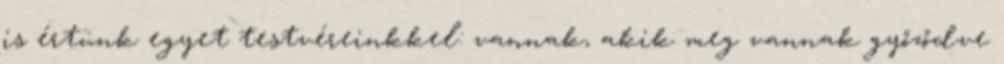
is értünk egyet testvéreinkkel: vannak, akik meg vannak győződve